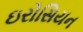
ઇરોસિયન